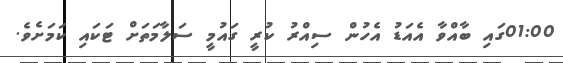
01:00ގައި ބާއްވާ އެއަޑު އެހުން ސިއްރު ކުރީ ގައުމީ ސަލާމަތަށް ޓަކައި ކަމަށެވެ.